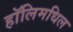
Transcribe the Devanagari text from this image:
हॉलिमधिल